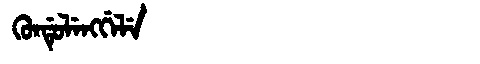
Manchu: ᡴᡠᠨᡩᡠᠯᡝᠩᡤᡝᠯᡝ
Romanization: KUNDULENGGELE